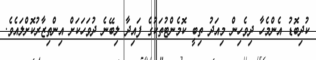
ކުދިބޮޑު އެންމެހާ ދިވެހިން މިއަދު ތިބީ ކޮމެންޓުތަކުގެ ފައިދާ ލިބޭނެ ދުވަހަކަށް އިންތިޒާރުކޮށްލައެވެ.